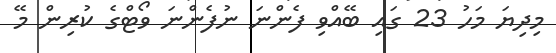
މިދިޔަ މަހު 23 ގައި ބޭއްވި ފެންނަ ނުފެންނަ ވޯޓްގެ ކުރިން މޭ